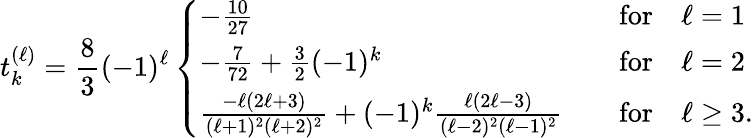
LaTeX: t_{k}^{(\ell)}=\frac 83(-1)^{\ell}\left\{ \begin{array}{ll}{-\frac{10}{27}}&{\quad\mathrm{for}\quad\ell=1}\\ {-\frac{7}{72}+\frac 32(-1)^{k}}&{\quad\mathrm{for}\quad\ell=2}\\ {\frac{-\ell(2\ell+3)}{(\ell+1)^{2}(\ell+2)^{2}}+(-1)^{k}\frac{\ell(2\ell-3)}{(\ell-2)^{2}(\ell-1)^{2}}}&{\quad\mathrm{for}\quad\ell\geq 3.}\end{array}\right.